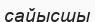
сайысшы